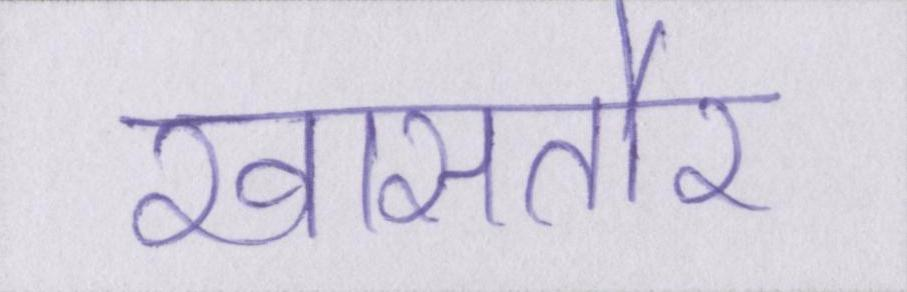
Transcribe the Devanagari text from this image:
खासतौर